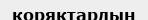
коряктардың